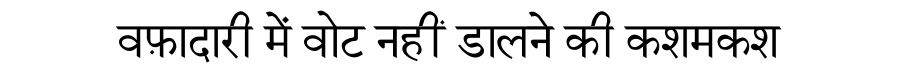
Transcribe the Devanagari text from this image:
वफ़ादारी में वोट नहीं डालने की कशमकश